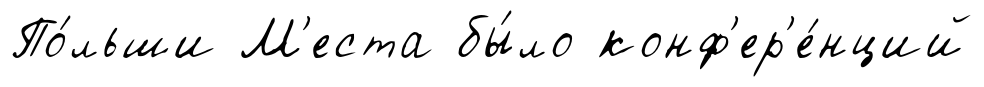
По́льши М'еста бы́ло конф'ер'е́нций